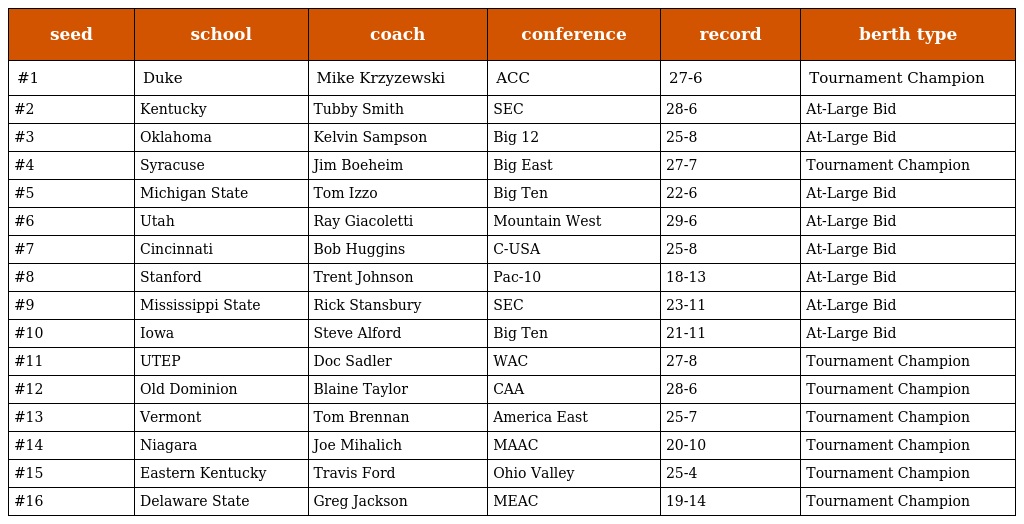
| seed | school | coach | conference | record | berth type |
 | --- | --- | --- | --- | --- | --- |
 | #1 | Duke | Mike Krzyzewski | ACC | 27-6 | Tournament Champion |
 | #2 | Kentucky | Tubby Smith | SEC | 28-6 | At-Large Bid |
 | #3 | Oklahoma | Kelvin Sampson | Big 12 | 25-8 | At-Large Bid |
 | #4 | Syracuse | Jim Boeheim | Big East | 27-7 | Tournament Champion |
 | #5 | Michigan State | Tom Izzo | Big Ten | 22-6 | At-Large Bid |
 | #6 | Utah | Ray Giacoletti | Mountain West | 29-6 | At-Large Bid |
 | #7 | Cincinnati | Bob Huggins | C-USA | 25-8 | At-Large Bid |
 | #8 | Stanford | Trent Johnson | Pac-10 | 18-13 | At-Large Bid |
 | #9 | Mississippi State | Rick Stansbury | SEC | 23-11 | At-Large Bid |
 | #10 | Iowa | Steve Alford | Big Ten | 21-11 | At-Large Bid |
 | #11 | UTEP | Doc Sadler | WAC | 27-8 | Tournament Champion |
 | #12 | Old Dominion | Blaine Taylor | CAA | 28-6 | Tournament Champion |
 | #13 | Vermont | Tom Brennan | America East | 25-7 | Tournament Champion |
 | #14 | Niagara | Joe Mihalich | MAAC | 20-10 | Tournament Champion |
 | #15 | Eastern Kentucky | Travis Ford | Ohio Valley | 25-4 | Tournament Champion |
 | #16 | Delaware State | Greg Jackson | MEAC | 19-14 | Tournament Champion |